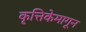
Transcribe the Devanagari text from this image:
कृत्तिकेमागून